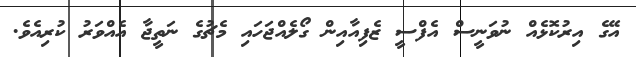
އޭގެ އިރުކޮޅެއް ނުވަނީސް އެފްސީ ޒެފިއާއިން ގޯލެއްޖަހައި މެޗުގެ ނަތީޖާ އެއްވަރު ކުރިއެވެ.